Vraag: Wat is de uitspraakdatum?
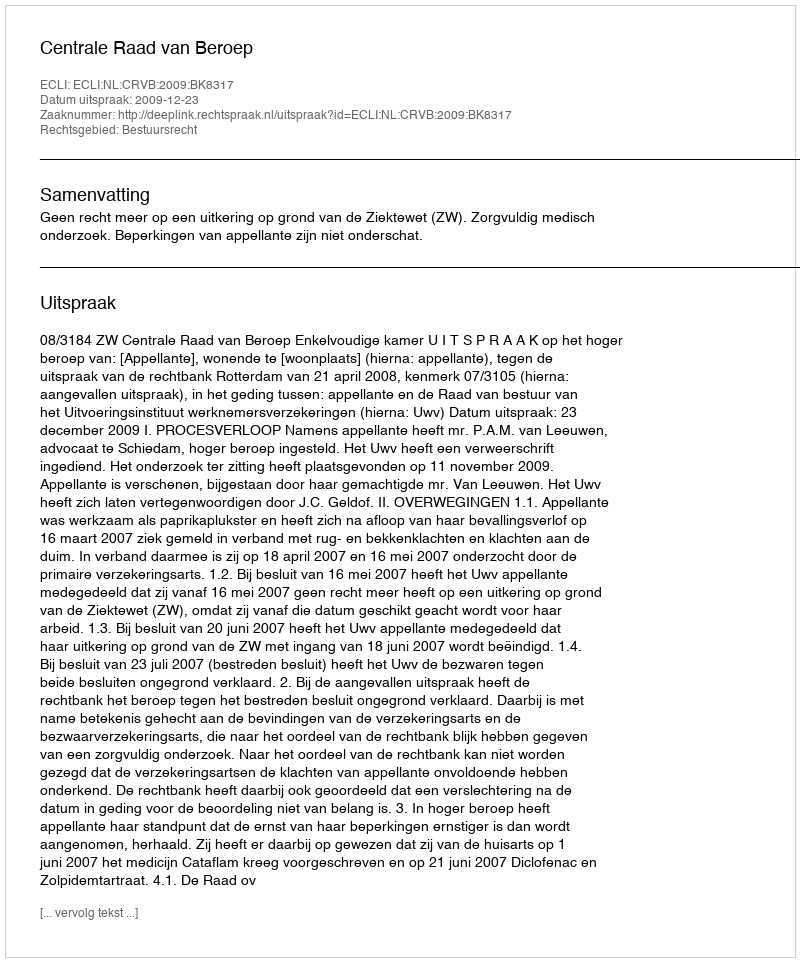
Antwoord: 2009-12-23